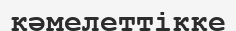
кәмелеттікке